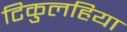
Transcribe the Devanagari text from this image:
टिकुलहिया